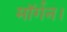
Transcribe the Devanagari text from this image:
मॉर्गन।